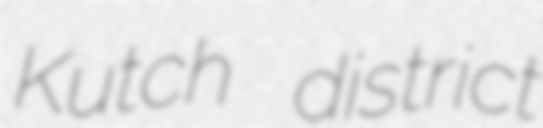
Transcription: Kutch district